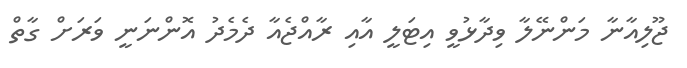
ޖޫލިއާނާ މަންނޭލާ ވިދާޅުވީ އިޓަލީ އާއި ރާއްޖެއާ ދެމެދު އޮންނަނީ ވަރަށް ގާތް